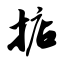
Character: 掂